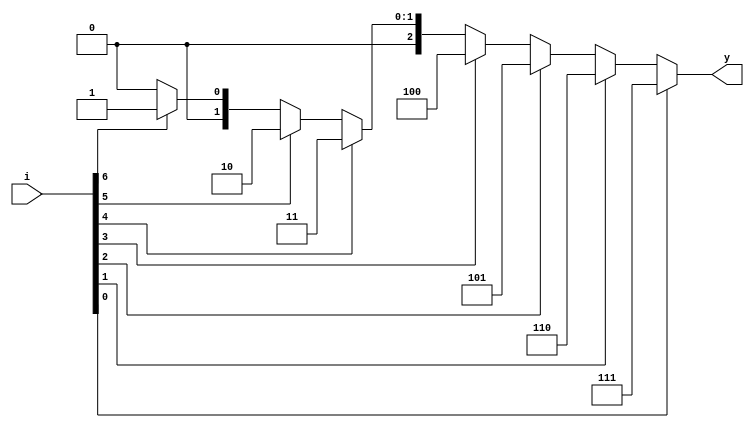
module encoder(
    input [0:7] i,
    output [0:2] y);
    reg [0:2] out;
    always@(*)begin 
    if(i[7]==1) out=3'b111;
        else if(i[6]==1) out=3'b110;
        else if(i[5]==1) out=3'b101;
        else if(i[4]==1) out=3'b100;
        else if(i[3]==1) out=3'b011;
        else if(i[2]==1) out=3'b010;
        else if(i[1]==1) out=3'b001;
        else
        out=3'b000;
    end
assign y=out;
endmodule